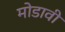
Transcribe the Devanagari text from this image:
मोडावी